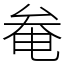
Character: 奙